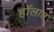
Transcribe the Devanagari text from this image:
हॉलात